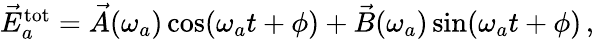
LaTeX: \begin{array}{r}{\vec{E}_{a}^{\mathrm{tot}}=\vec{A}(\omega_{a})\cos(\omega_{a}t+\phi)+\vec{B}(\omega_{a})\sin(\omega_{a}t+\phi)\, ,}\end{array}